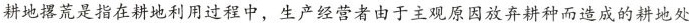
耕地撂荒是指在耕地利用过程中，生产经营者由于主观原因放弃耕种而造成的耕地处